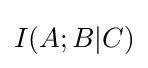
I(A;B|C)